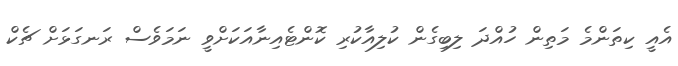
އެއީ ކިތަންމެ މަތިން ހުއްދަ ލިބިގެން ކުލިއާކުރި ކޮންޓެއިނާއަކަށްވީ ނަމަވެސް ރަނގަޅަށް ޗެކް